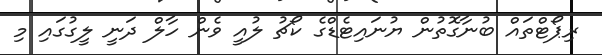
ރިޕޯޓްތައް ބުނާގޮތުން ޔުނައިޓެޑްގެ ކޯޗު ލުއީ ވެން ހާލް ދަނީ ލީގުގައި މި